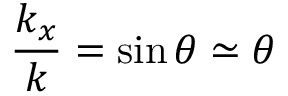
{ \frac { k _ { x } } { k } } = \sin \theta \simeq \theta